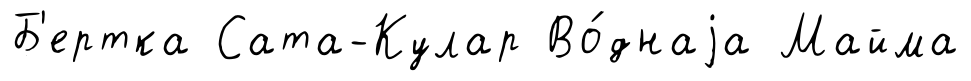
Б'ертка Сата-Кулар Во́днаjа Майма